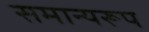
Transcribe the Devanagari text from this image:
समान्यरूप